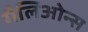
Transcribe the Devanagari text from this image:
गैलिओन्स